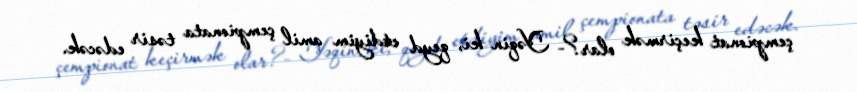
çempionat keçirmək olar?- Yəqin ki, qeyd etdiyim amil çempionata təsir edəcək.